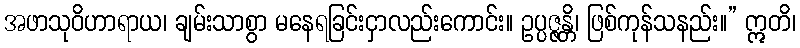
အဖာသုဝိဟာရာယ၊ ချမ်းသာစွာ မနေရခြင်းငှာလည်းကောင်း။ ဥပ္ပဇ္ဇန္တိ၊ ဖြစ်ကုန်သနည်း။” ဣတိ၊